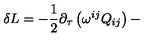
\delta L = - \frac { 1 } { 2 } \partial _ { \tau } \left( \omega ^ { i j } Q _ { i j } \right) -